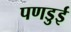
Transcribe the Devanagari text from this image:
पणडुई